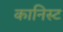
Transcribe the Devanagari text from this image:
कानिस्ट